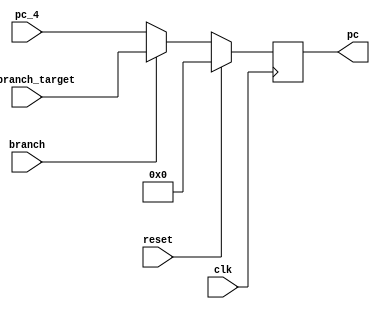
`timescale 1ns / 1ps
//////////////////////////////////////////////////////////////////////////////////
// Company: 
// Engineer: 
// 
// Design Name: 
// Module Name:    PCounter 
// Project Name: 
// Target Devices: 
// Tool versions: 
// Description: 
//
// Dependencies: 
//
// Revision: 
// Revision 0.01 - File Created
// Additional Comments: 
//
//////////////////////////////////////////////////////////////////////////////////
module ProgramCounter(clk, reset,branch, pc_branch_target,pc_4, pc);
	parameter	size=32;
	input		clk,branch;
	input		reset;
	input    [size-1:0] pc_branch_target;
	input    [size-1:0] pc_4;
	output	[size-1:0]	pc;

	//	The outputs are defined as registers too
	reg	[size-1:0]	pc;
	


	always @(posedge clk)
	begin
		if (reset)
			pc = 0;
		else
		begin
			if (branch)
				pc = pc_branch_target;
			else
				pc = pc_4;
		end
	end

endmodule